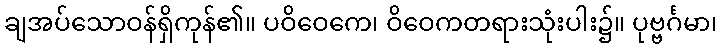
ချအပ်သောဝန်ရှိကုန်၏။ ပဝိဝေကေ၊ ဝိဝေကတရားသုံးပါး၌။ ပုဗ္ဗင်္ဂမာ၊